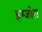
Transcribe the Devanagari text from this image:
इग्जोरा